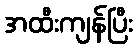
အထီးကျန်ပြီး